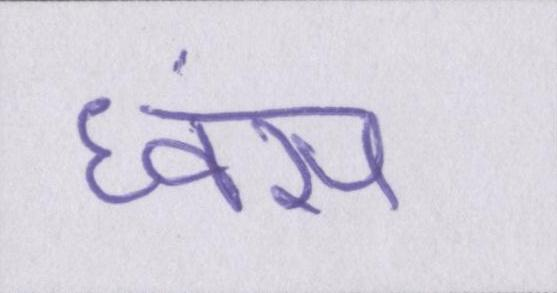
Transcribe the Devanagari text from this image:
ध्वंस